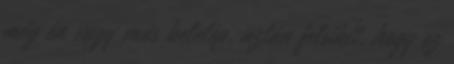
még én vagy más belelép, aztán felsikít, hogy ez